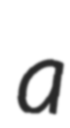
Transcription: a